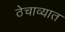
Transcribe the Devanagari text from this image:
ठेचाव्यात